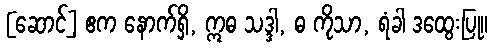
[ဆောင်] ဧက နောက်ရှိ, ဣဓ သဒ္ဒါ, ဓ ကိုသာ, ရံခါ ဒထွေးပြု။